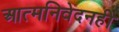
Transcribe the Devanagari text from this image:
आत्मनिवेदनही